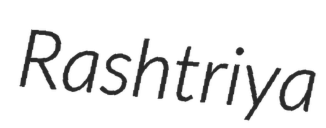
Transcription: Rashtriya